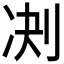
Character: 𪟅